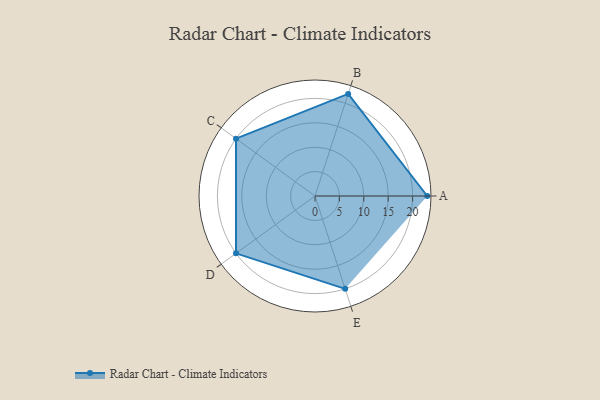
{"axis": {"x": "Skill", "y": "Score"}, "legend": ["Profile"], "data": [{"x": "A", "y": 23.0, "type": "Profile"}, {"x": "B", "y": 22.0, "type": "Profile"}, {"x": "C", "y": 20, "type": "Profile"}, {"x": "D", "y": 20, "type": "Profile"}, {"x": "E", "y": 20, "type": "Profile"}]}